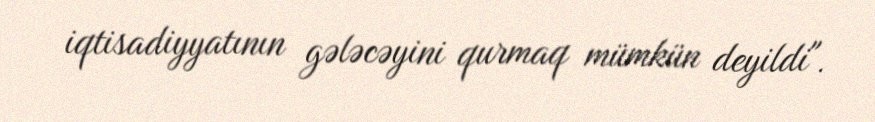
iqtisadiyyatının gələcəyini qurmaq mümkün deyildi".